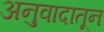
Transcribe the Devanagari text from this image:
अनुवादातून